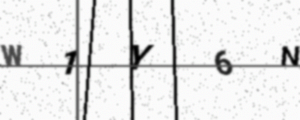
Text: W1Y6N